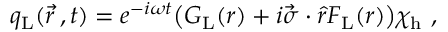
q _ { \mathrm { L } } ( \vec { r } \, , t ) = e ^ { - i \omega t } \bigl ( G _ { \mathrm { L } } ( r ) + i \vec { \sigma } \cdot \hat { r } F _ { \mathrm { L } } ( r ) \bigr ) \chi _ { \mathrm { h } } \ ,